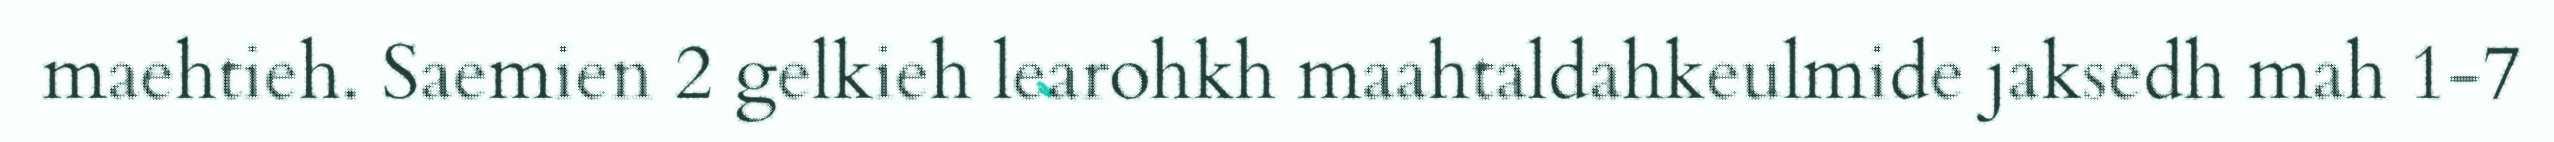
maehtieh. Saemien 2 gelkieh learohkh maahtaldahkeulmide jaksedh mah 1-7